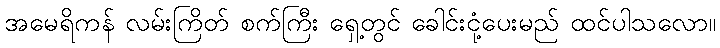
အမေရိကန် လမ်းကြိတ် စက်ကြီး ရှေ့တွင် ခေါင်းငုံ့ပေးမည် ထင်ပါသလော။